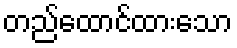
တည်ထောင်ထားသော